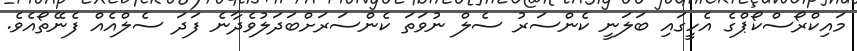
މައިކްރޯސްކޯޕްގެ އެހީގައި ބަލަނީ ކެންސަރު ސެލް ނުވަތަ ކެންސަރަށްބަދަލުވެދާނެ ފަދަ ސެލްއެއް ފެނޭތޯއެވެ.